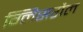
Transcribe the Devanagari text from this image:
ग्लिसरौल